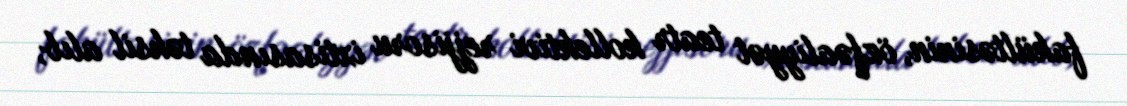
fakültəsinin, özfəaliyyət teatr kollektivi rejjisoru ixtisasında təhsil alıb,